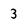
Character: 3